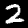
Label: 2